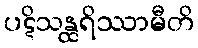
ပဋိသန္ထရိဿာမီတိ